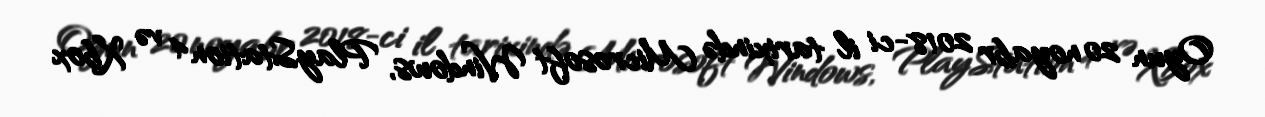
Oyun 20 noyabr 2018-ci il tarixində Microsoft Windows, PlayStation 4 və Xbox